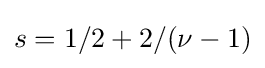
s=1/2+2/(\nu -1)